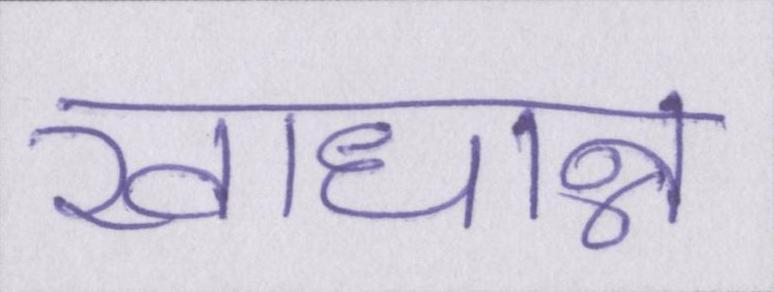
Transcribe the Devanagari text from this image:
खाधान्न